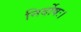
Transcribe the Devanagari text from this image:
निर्दोषः।